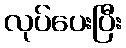
လုပ်ပေးပြီး